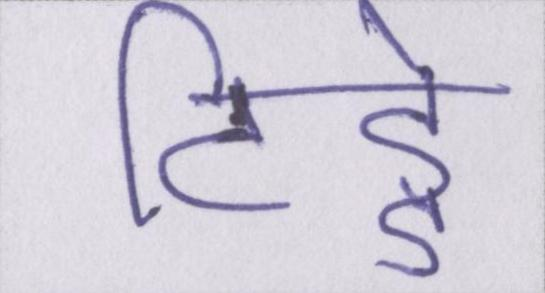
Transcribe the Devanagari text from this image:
टिड्डे